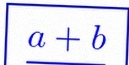
\frac{a+b}{c+d}